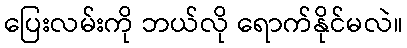
ပြေးလမ်းကို ဘယ်လို ရောက်နိုင်မလဲ။